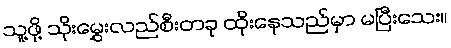
သူ့ဖို့ သိုးမွှေးလည်စီးတခု ထိုးနေသည်မှာ မပြီးသေး။